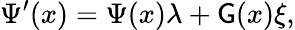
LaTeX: \Psi^{\prime}(x)=\Psi(x)\lambda+\mathsf{G}(x)\xi,